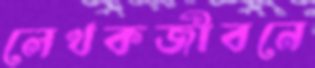
লেখকজীবনে